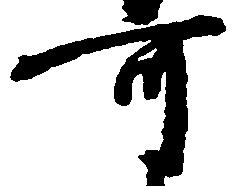
可